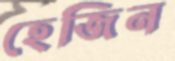
হেজিন